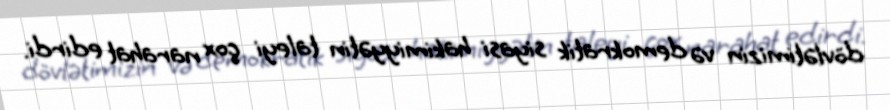
dövlətimizin və demokratik siyasi hakimiyyətin taleyi çox narahat edirdi.